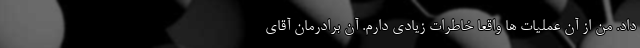
داد. من از آن عملیات ها واقعا خاطرات زیادی دارم. آن برادرمان آقای